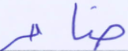
ضامر